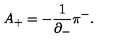
A _ { + } = - \frac { 1 } { { \partial } _ { - } } { \pi } ^ { - } .